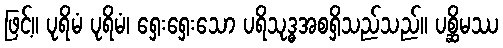
ဖြင့်။ ပုရိမံ ပုရိမံ၊ ရှေးရှေးသော ပရိသုဒ္ဓအစရှိသည်သည်။ ပစ္ဆိမဿ